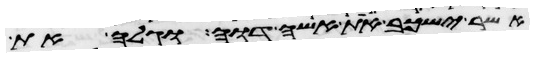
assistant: אשר ישכב את אשה דוה וגלה את